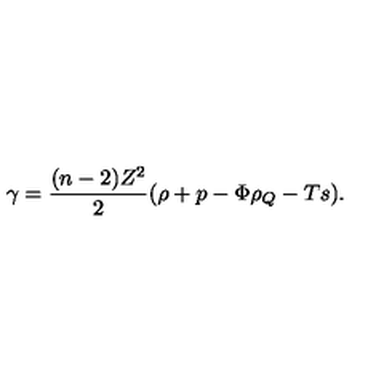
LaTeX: \gamma = \frac { ( n - 2 ) Z ^ { 2 } } { 2 } ( \rho + p - \Phi \rho _ { Q } - T s ) .